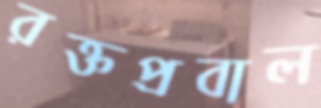
রক্তপ্রবাল